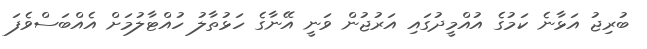
ބުރިޖު އަޅާނެ ކަމުގެ އުއްމީދުގައި އަރުޖުން ވަނީ އޭނާގެ ހަޅުތާލު ހުއްޓާލުމަށް އެއްބަސްވެފަ